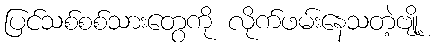
ပြင်သစ်စစ်သားတွေကို လိုက်ဖမ်းနေသတဲ့ဗျို့